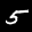
Label: 5